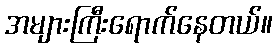
အများကြီးရောက်နေတယ်။